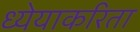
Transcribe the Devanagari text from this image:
ध्येयाकरिता